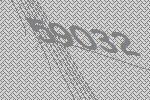
59032